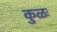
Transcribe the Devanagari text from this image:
कुळः